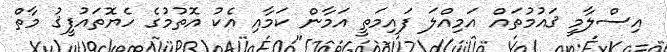
އިސްލާމީ ޤައުމުތައް އަމިއްލަ ފައިމަތީ އަމާން ކަމާއި އެކު އޮތުމުގެ ހެޔޮތައުފީޤު މާތް